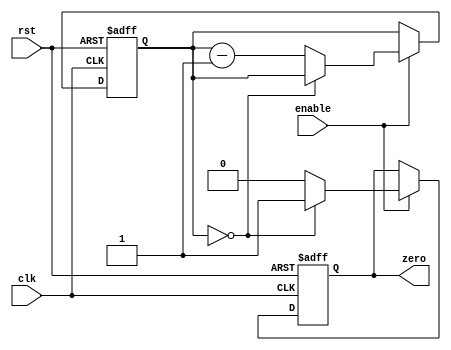
module Binary_Down_Counter (
    input enable,
    input clk,
    input rst,
    output reg zero
);

reg [7:0] count;

always @(posedge clk or negedge rst) begin
    if (rst == 0) begin
        count <= 8'b00000000;
        zero <= 0;
    end
    else if (enable) begin
        if (count == 8'b00000000) begin
            zero <= 1;
        end
        else begin
            count <= count - 1;
            zero <= 0;
        end
    end
end

endmodule